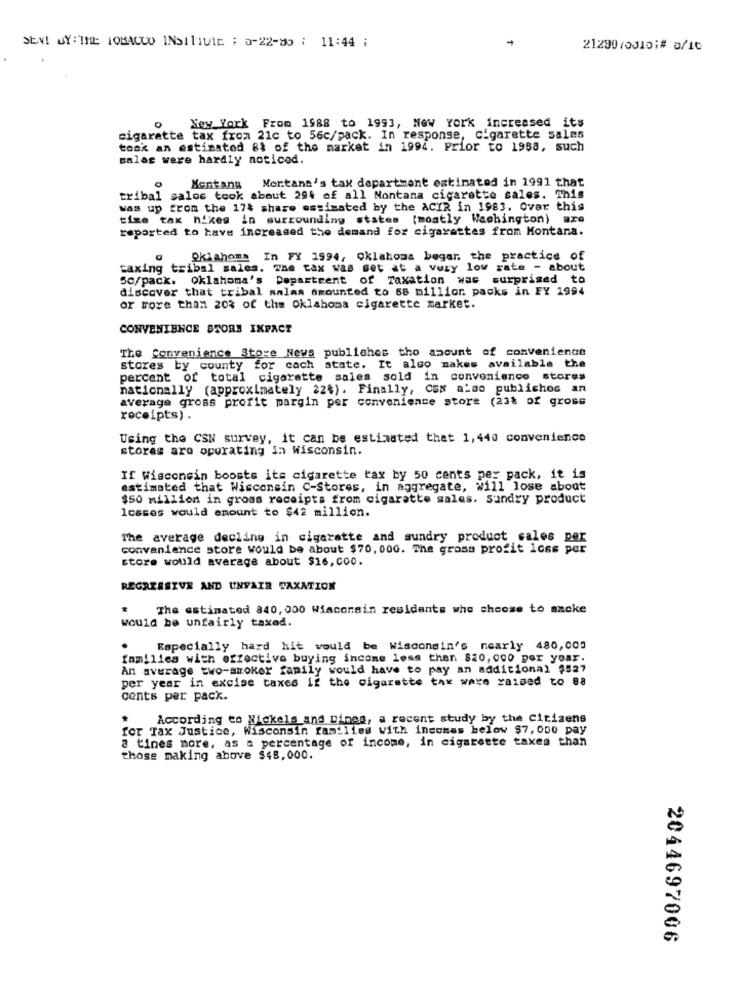
SEVI SY: THE TOBACCO INSITIUIE ; 5-22-80 ; 11:44 ;
21290/0315;# 8/10
New York From 1988 to 1993, New York increased its
cigarette tax from 21c to 56c/pack. In response, cigarette sales
took an estimated 8% of the market in 1994. Prior to 1968, such
salas were hardly noticed.
Mentans Montana's tax department estimated in 1991 that
tribal salos took about 294 of all Nontana cigarette sales. This
was up from the 174 share assimated by the ACIR in 1983. Over this
tize tax hikes in surrounding states (mostly Washington) are
reported to have increased the demand for cigarettes from Montana.
Oklahoma In FY 1994, Oklahoma begar. the practice of
taxing tribal sales. The tax was set at a vuzy low rate - about
Sc/pack. Oklahoma's Department of Taxation was surprised to
discover that tribal aalas amounted to 58 million packs in FY 1994
or more than 20% of the oklahoma cigarette market.
CONVENIENCE STORE INPACT
The Convenience Store News publishes tho amount of convenience
stores by county for cach state. It also makes available the
percent of total cigarette sales sold in convenience stores
nationally (approximately 22%). Finally, Css also publichos an
average gross profit margin per convenience store (23% of gross
receipts).
Using the CSN survey, it can be estimated that 1,440 convenience
storas are operating in Wisconsin.
If Wisconsin boosts its cigarette tax by 50 cents per pack, it is
estimated that Wisconsin C-Stores, in aggregate, Wil
Will lose about
$50 million in gross receipts from cigarette sales. sundry product
losses would amount to $42 million.
The average decline in cigaratte and sundry product sales per
convenience store would be about $70, 000. The gross profit loss per
store would average about $16,co0.
REGRESSIVE AND UNFAIR TAXATION
The estimated 840, 000 Wisconsin residents whe choose to szoke
would be unfairly taxed.
Especially hard hit would be Wisconsin's nearly 480,000
families with effective buying income less than 820,000 per your.
An average two-smoker family would have to pay an additional $527
per year in excise taxes if the cigarette tax were raised to 88
cents per pack.
According to Nickels and Dines, a recent study by the Citizens
for Tax Justice, Wisconsin families with incomes below $7,000 pay
2 tines more, as a percentage of income, in cigarette taxes than
those making above $$8,000.
2044697006